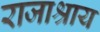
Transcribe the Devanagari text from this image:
राजाश्राय